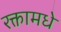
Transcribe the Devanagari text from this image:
रक्तामधे